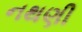
નથણી